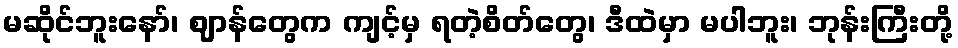
မဆိုင်ဘူးနော်၊ ဈာန်တွေက ကျင့်မှ ရတဲ့စိတ်တွေ၊ ဒီထဲမှာ မပါဘူး၊ ဘုန်းကြီးတို့